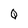
Character: Q